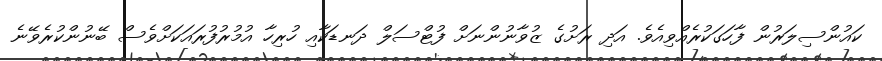
ކައުންސިލަރުން ފާހަގަކުރެއްވިއެވެ. އަދި ރަށުގެ ޒުވާނުންނަށް ފުޓްސަލް ދަނޑަކާއި ހުރިހާ އުމުރުފުރައަކަށްވެސް ބޭނުންކުރެވޭނެ